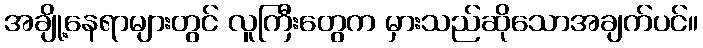
အချို့နေရာများတွင် လူကြီးတွေက မှားသည်ဆိုသောအချက်ပင်။